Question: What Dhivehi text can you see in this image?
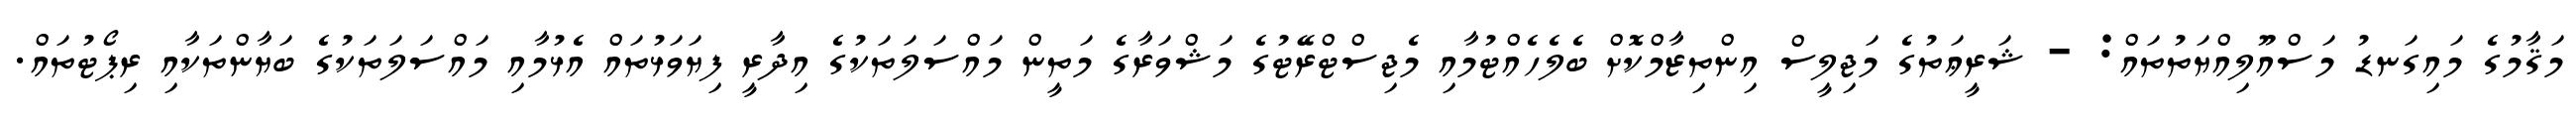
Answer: މަޤާމުގެ މައިގަނޑު މަސްއޫލިއްޔަތުތައް: - ޝަރީޢަތުގެ މަޖިލީސް އިންތިޒާމްކޮށް ބެލެހެއްޓުމާއި މެޖިސްޓްރޭޓުގެ މަޝްވަރާގެ މަތީން މައްސަލަތަކުގެ އިދާރީ ފިޔަވަޅުތައް އެޅުމާއި މައްސަލަތަކުގެ ބަޔާންތަކާއި ރިޕޯޓުތައް.